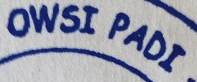
OWSI PADI